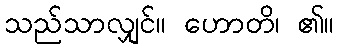
သည်သာလျှင်။ ဟောတိ၊ ၏။